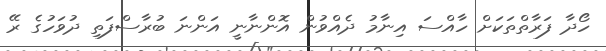
ހޯދާ ފަރާތްތަކަށް ހާއްސަ އިނާމު ދެއްވުން އޮންނާނީ އަންނަ ބުރާސްފަތި ދުވަހުގެ ރޭ